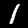
Label: 1